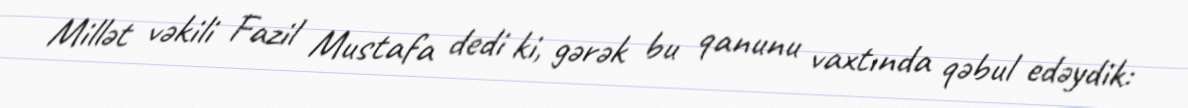
Millət vəkili Fazil Mustafa dedi ki, gərək bu qanunu vaxtında qəbul edəydik: